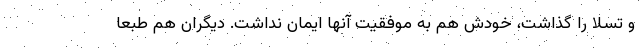
و تسلا را گذاشت، خودش هم به موفقیت آنها ایمان نداشت. دیگران هم طبعا